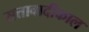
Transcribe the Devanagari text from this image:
सत्तावादीकाल